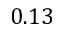
0 . 1 3